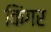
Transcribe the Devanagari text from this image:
किंगर